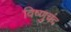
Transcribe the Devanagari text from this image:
विष्णुचंद